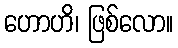
ဟောဟိ၊ ဖြစ်လော။